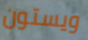
ويستون